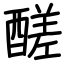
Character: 醝